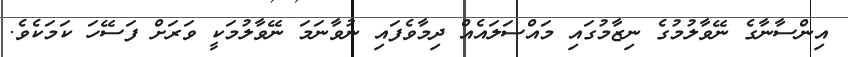
އިންސާނާގެ ނޭވާލުމުގެ ނިޒާމުގައި މައްސަލައެއް ދިމާވެފައި ނުވާނަމަ ނޭވާލުމަކީ ވަރަށް ފަސޭހަ ކަމަކެވެ.